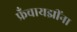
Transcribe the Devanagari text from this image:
फ्रँचायझींना